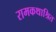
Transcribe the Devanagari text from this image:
रामकथाश्रित